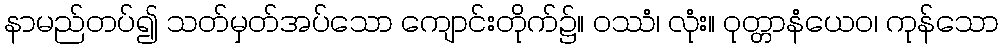
နာမည်တပ်၍ သတ်မှတ်အပ်သော ကျောင်းတိုက်၌။ ဝဿံ၊ လုံး။ ဝုတ္တာနံယေဝ၊ ကုန်သော